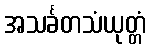
အသင်္ခတသံယုတ္တံ